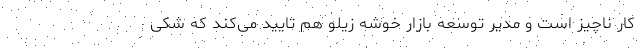
کار ناچیز است و مدیر توسعه بازار خوشه زیلو هم تایید می‌کند که شکی